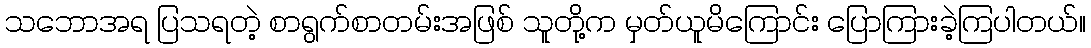
သဘောအရ ပြသရတဲ့ စာရွက်စာတမ်းအဖြစ် သူတို့က မှတ်ယူမိကြောင်း ပြောကြားခဲ့ကြပါတယ်။